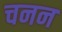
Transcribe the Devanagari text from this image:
चनन